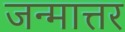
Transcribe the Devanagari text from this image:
जन्मात्तर